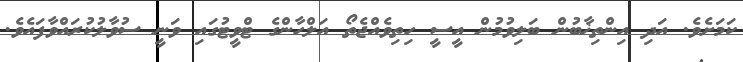
ކަމަށެވެ. އަދި އިންތިޚާބުން ބަލިވުމުން އީސީ ހިތިވެއްޖެތޯ އަލްހާންގެ ޓްވީޓުގައި ވަނީ ސުވާލުކުރައްވާފައެވެ.